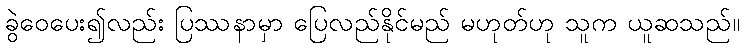
ခွဲဝေပေး၍လည်း ပြဿနာမှာ ပြေလည်နိုင်မည် မဟုတ်ဟု သူက ယူဆသည်။